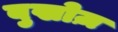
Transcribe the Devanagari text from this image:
बुखोज़